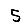
Digit: 5